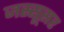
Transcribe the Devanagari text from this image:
जस्सूसर